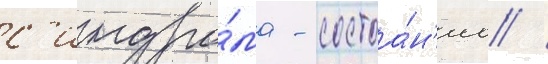
с'индро́ма - состоа́н'иа /